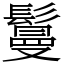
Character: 鬘